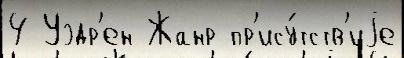
4 Уэдр'ен Жанр пр'ису́тств'иjе